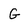
Character: G